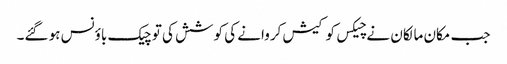
جب مکان مالکان نے چیکس کو کیش کروانے کی کوشش کی تو چیک باؤنس ہو گئے۔